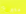
متبرع